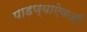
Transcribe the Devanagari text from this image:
पाडण्याऐवजी